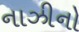
નાઝીનો